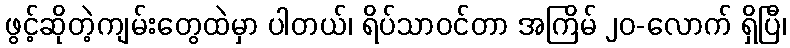
ဖွင့်ဆိုတဲ့ကျမ်းတွေထဲမှာ ပါတယ်၊ ရိပ်သာဝင်တာ အကြိမ် ၂၀-လောက် ရှိပြီ၊